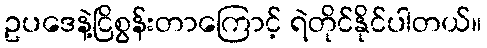
ဥပဒေနဲ့ငြိစွန်းတာကြောင့် ရဲတိုင်နိုင်ပါတယ်။